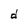
Character: d